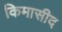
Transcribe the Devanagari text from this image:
किमासीद